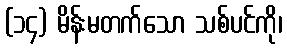
(၁၄) မိန်းမတက်သော သစ်ပင်ကို၊